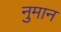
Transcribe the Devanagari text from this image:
नुमान